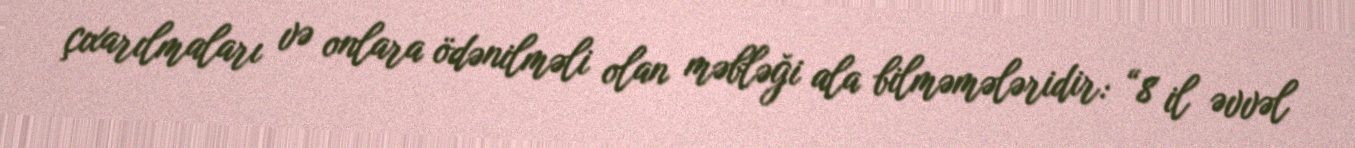
çıxarılmaları və onlara ödənilməli olan məbləği ala bilməmələridir: “8 il əvvəl